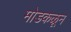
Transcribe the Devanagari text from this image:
मोडकळून